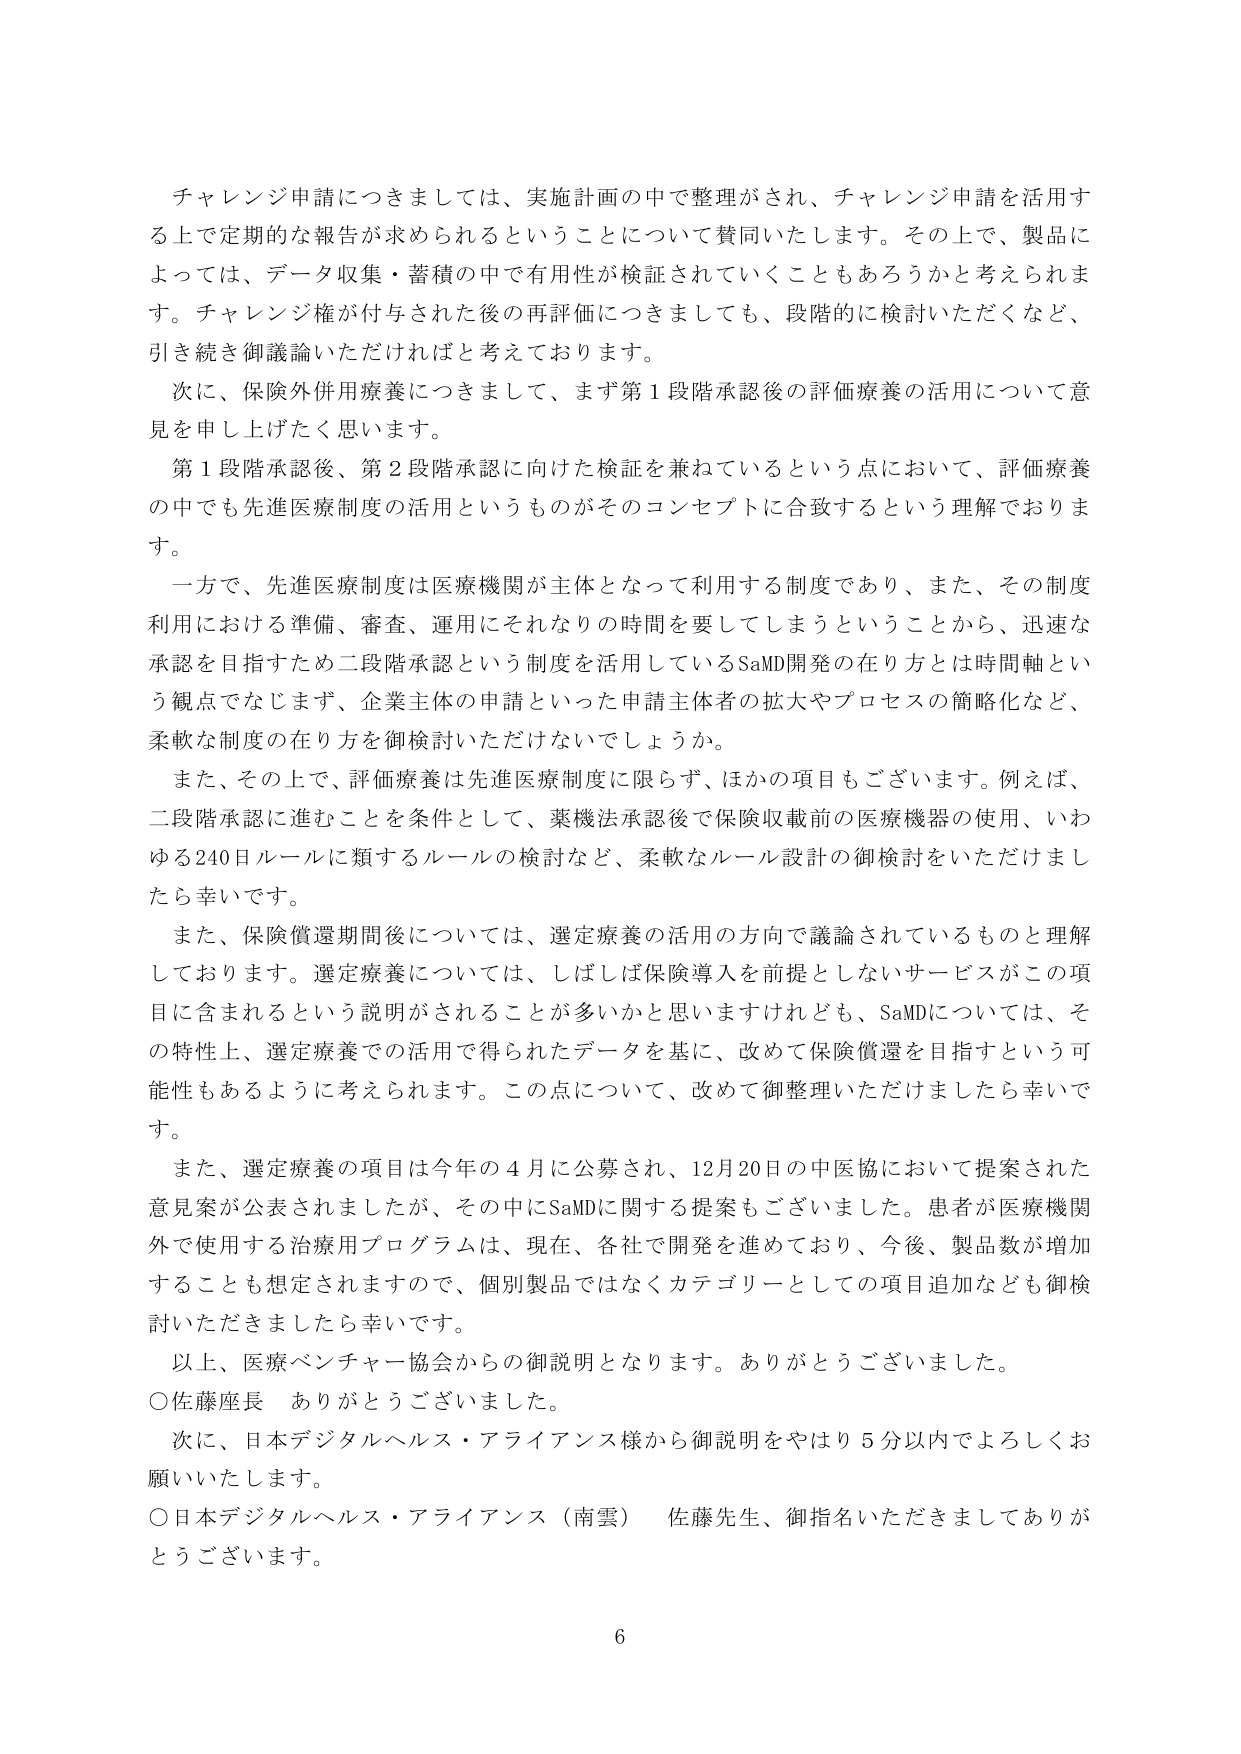
チャレンジ申請につきましては、実施計画の中で整理がされ、チャレンジ申請を活用する上で定期的な報告が求められるということについて賛同いたします。その上で、製品によっては、データ収集・蓄積の中で有用性が検証されていくこともあるろうかと考えられます。チャレンジ権が付与された後の再評価につきましても、段階的に検討いただくなど、引き続き御議論いただければと考えております。

次に、保険外併用療養につきまして、まず第1段階承認後の評価療養の活用について意見を申し上げたく思います。

第1段階承認後、第2段階承認に向けた検証を兼ねているという点において、評価療養の中でも先進医療制度の活用というものがそのコンセプトに合致するという理解でおります。

一方で、先進医療制度は医療機関が主体となって利用する制度であり、また、その制度利用における準備、審査、運用にそれなりの時間を要してしまうということから、迅速な承認を目指すため二段階承認という制度を活用しているSaMD開発の在り方とは時間軸という観点でなじまず、企業主体の申請といった申請主体者の拡大やプロセスの簡略化など、柔軟な制度の在り方を御検討いただけないでしょうか。

また、その上で、評価療養は先進医療制度に限らず、ほかの項目もございます。例えば、二段階承認に進むことを条件として、薬機法承認後で保険収載前の医療機器の使用、いわゆる240日ルールに類するルールの検討など、柔軟なルール設計の御検討をいただけましたら幸いです。

また、保険償還期間後については、選定療養の活用の方向で議論されているものと理解しております。選定療養については、しばしば保険導入を前提としないサービスがこの項目に含まれるという説明がされることが多いかと思いますけれども、SaMDについては、その特性上、選定療養での活用で得られたデータを基に、改めて保険償還を目指すという可能性もあるように考えられます。この点について、改めて御整理いただけましたら幸いです。

また、選定療養の項目は今年の4月に公募され、12月20日の中医協において提案された意見案が公表されましたが、その中にSaMDに関する提案もございました。患者が医療機関外で使用する治療用プログラムは、現在、各社で開発を進めており、今後、製品数が増加することも想定されますので、個別製品ではなくカテゴリーとしての項目追加なども御検討いただけましたら幸いです。

以上、医療ベンチャー協会からの御説明となります。ありがとうございました。

○佐藤座長　ありがとうございました。

次に、日本デジタルヘルス・アライアンス様から御説明をやはり5分以内でよろしくお願いいたします。

○日本デジタルヘルス・アライアンス（南雲）　佐藤先生、御指名いただきましてありがとうございます。

6